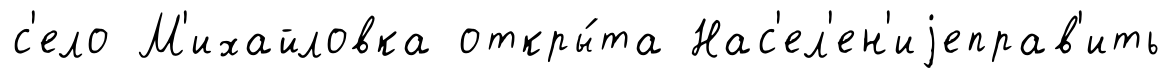
с'ело М'ихайловка откры́та Нас'ел'ен'иjеправ'ить